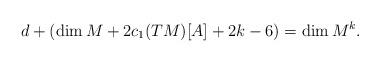
LaTeX: \begin{align*}d+ ( \dim M + 2 c_1(TM)[A] +2k-6)= \dim M^k.\end{align*}